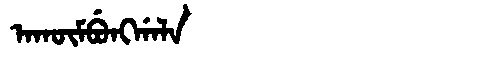
Manchu: ᠠᡴᡡᠮᠪᡠᠩᡤᠠᠯᠠ
Romanization: AKŪMBUNGGALA